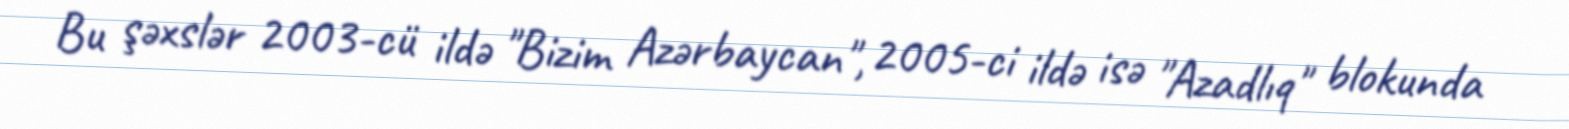
Bu şəxslər 2003-cü ildə "Bizim Azərbaycan", 2005-ci ildə isə "Azadlıq" blokunda